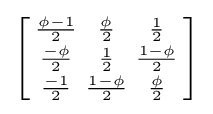
\left[{\begin{smallmatrix}{\frac {\phi -1}{2}}&{\frac {\phi }{2}}&{\frac {1}{2}}\\{\frac {-\phi }{2}}&{\frac {1}{2}}&{\frac {1-\phi }{2}}\\{\frac {-1}{2}}&{\frac {1-\phi }{2}}&{\frac {\phi }{2}}\end{smallmatrix}}\right]